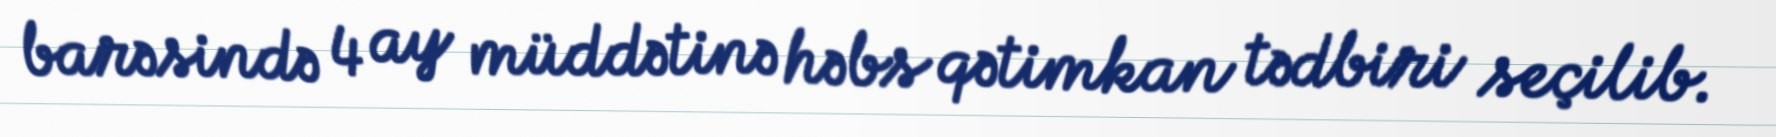
barəsində 4 ay müddətinə həbs qətimkan tədbiri seçilib.